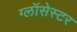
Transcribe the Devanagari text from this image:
ग्लॉसेस्टर